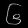
Digit: ၆